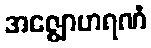
အဇ္ဈောဟရဏံ